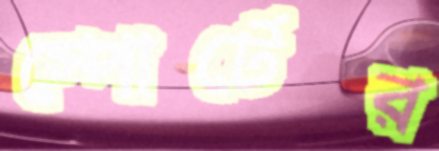
স্পোর্টের